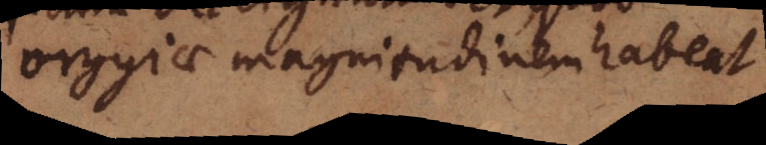
orgyiae magnitudinem habeat.